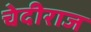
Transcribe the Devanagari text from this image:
चेदीराज